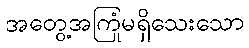
အတွေ့အကြုံမရှိသေးသော